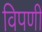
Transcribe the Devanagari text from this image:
विपणी